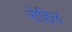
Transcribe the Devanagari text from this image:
रोहिल